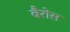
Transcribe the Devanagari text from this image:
बैरोस